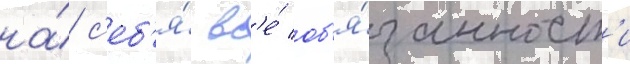
на́ с'еб'я́ вс'е́ об'я́занност'и